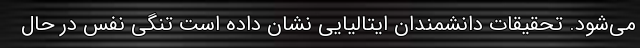
می‌شود. تحقیقات دانشمندان ایتالیایی نشان داده است تنگی نفس در حال